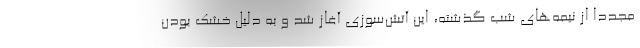
مجددا از نیمه‌های شب گذشته، این آتش‌سوزی آغاز شد و به دلیل خشک بودن